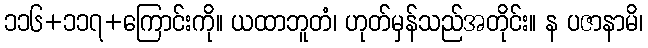
၁၁၆+၁၁၇+ကြောင်းကို။ ယထာဘူတံ၊ ဟုတ်မှန်သည်အတိုင်း။ န ပဇာနာမိ၊